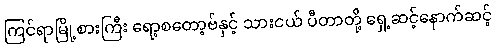
ကြင်ရာမြို့စားကြီး ရော့စတော့ဗ်နှင့် သားငယ် ပီတာတို့ ရှေ့ဆင့်နောက်ဆင့်